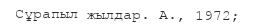
Сұрапыл жылдар. А., 1972;